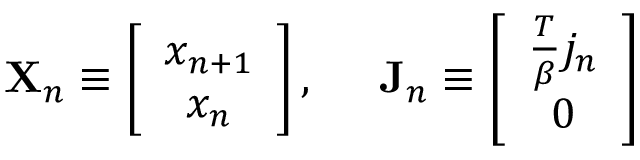
\mathbf { X } _ { n } \equiv \left[ \begin{array} { c } { { x _ { n + 1 } } } \\ { { x _ { n } } } \end{array} \right] , \; \; \; \; \; \mathbf { J } _ { n } \equiv \left[ \begin{array} { c } { { \frac T \beta j _ { n } } } \\ { { 0 } } \end{array} \right]